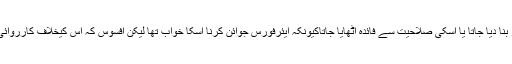
چاہیے تو یہ تھا کہ اسکے شوق کو دیکھتے ہوئے اسے کسی فلائنگ کلب کا ممبر بنا دیا جاتا یا اسکی صلاحیت سے فائدہ اٹھایا جاتاکیونکہ ایئرفورس جوائن کرنا اسکا خواب تھا لیکن افسوس کہ اس کیخلاف کارروائی کرکے اسے اتنا خوفزدہ کر دیا گیا کہ اس نوجوان کا کہیں نام ونشان نہیں نظر آتا۔